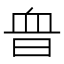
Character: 𧖮